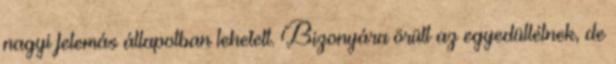
nagyi felemás állapotban lehetett. Bizonyára örült az egyedüllétnek, de